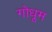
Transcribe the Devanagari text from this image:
गोधूम